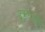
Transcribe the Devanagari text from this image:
डुकरेगाव